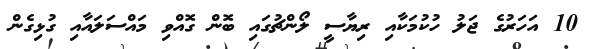
10 އަހަރުގެ ޖަލު ހުކުމަކާއި ރިޔާސީ ލޯންޗުގައި ބޮން ގޮއްވި މައްސަލައާއި ގުޅިގެން